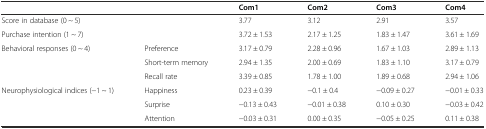
| <COLSPAN=2>  | Com1 | Com2 | Com3 | Com4 |
 | --- | --- | --- | --- | --- | --- |
 | <COLSPAN=2> Score in database (0 ~ 5) | 3.77 | 3.12 | 2.91 | 3.57 |
 | <COLSPAN=2> Purchase intention (1 ~ 7) | 3.72 ± 1.53 | 2.17 ± 1.25 | 1.83 ± 1.47 | 3.61 ± 1.69 |
 | <ROWSPAN=3> Behavioral responses (0 ~ 4) | Preference | 3.17 ± 0.79 | 2.28 ± 0.96 | 1.67 ± 1.03 | 2.89 ± 1.13 |
 | Short-term memory | 2.94 ± 1.35 | 2.00 ± 0.69 | 1.83 ± 1.10 | 3.17 ± 0.79 |
 | Recall rate | 3.39 ± 0.85 | 1.78 ± 1.00 | 1.89 ± 0.68 | 2.94 ± 1.06 |
 | <ROWSPAN=3> Neurophysiological indices (−1 ~ 1) | Happiness | 0.23 ± 0.39 | −0.1 ± 0.4 | −0.09 ± 0.27 | −0.01 ± 0.33 |
 | Surprise | −0.13 ± 0.43 | −0.01 ± 0.38 | 0.10 ± 0.30 | −0.03 ± 0.42 |
 | Attention | −0.03 ± 0.31 | 0.00 ± 0.35 | −0.05 ± 0.25 | 0.11 ± 0.38 |